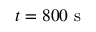
t = 8 0 0 \textrm { s }